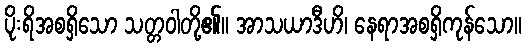
ပိုးရိအစရှိသော သတ္တဝါတို့၏။ အာသယာဒီဟိ၊ နေရာအစရှိကုန်သော။